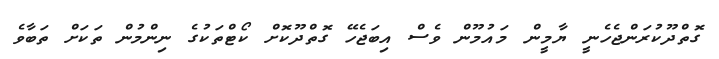
ގޮތްދޫކުރަންޖެހެނީ ޔާމީން މައުމޫން ވެސް އިބަޖެހޭ ގޮތްދޫކޮށް ކޯޓްތަކުގެ ނިންމުން ތަކަށް ތަބާވެ